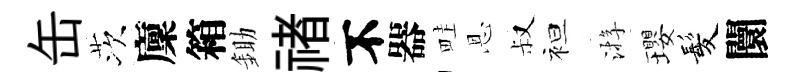
缶茨廩箱鋤禇不器畦恩叔袒㳺瓔髪闤